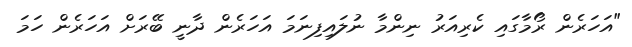
"އަހަރެން ރޯމާގައި ކެރިއަރު ނިންމާ ނުލައިފިނަމަ އަހަރެން ދާނީ ބޭރަށް އަހަރެން ހަމަ